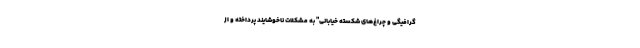
گرافیگی و چراغ‌های شکسته خیابانی" به مشکلات ناخوشایند پرداخته و از